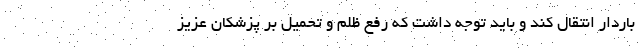
باردار انتقال کند و باید توجه داشت که رفع ظلم و تحمیل بر پزشکان عزیز